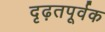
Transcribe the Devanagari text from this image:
दृढ़तपूर्वक